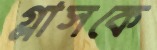
গ্লাসকে